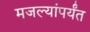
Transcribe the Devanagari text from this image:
मजल्यांपर्यंत